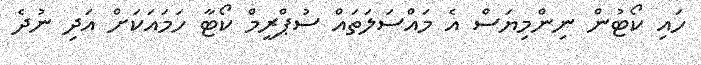
ހައި ކޯޓުން ނިންމިޔަސް އެ މައްސަލަތައް ސުޕްރީމް ކޯޓާ ހަމައަކަށް އަދި ނުދެ